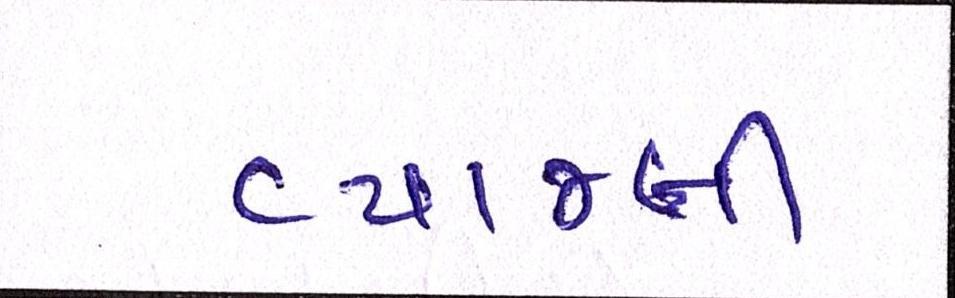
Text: વ્યાજબી